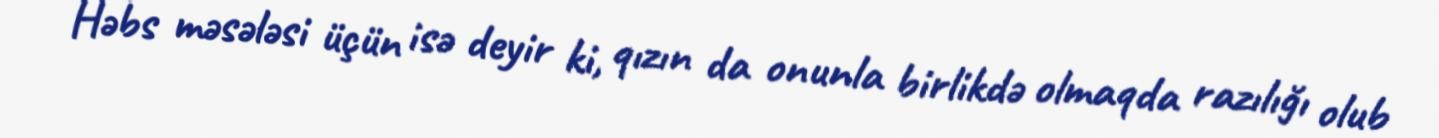
Həbs məsələsi üçün isə deyir ki, qızın da onunla birlikdə olmaqda razılığı olub